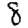
Digit: 8